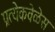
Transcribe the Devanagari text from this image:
प्रत्येकवेळेस